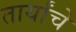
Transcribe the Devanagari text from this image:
तार्यांचें